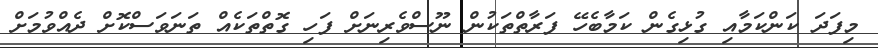
މިފަދަ ކަންކަމާއި ގުޅިގެން ކަމާބެހޭ ފަރާތްތަކުން ނޫސްވެރިނަށް ފަހި ގޮތްތަކެއް ތަނަވަސްކޮށް ދެއްވުމަށް